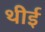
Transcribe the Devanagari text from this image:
थीई